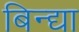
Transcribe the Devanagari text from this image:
बिन्द्या